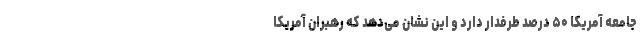
جامعه آمریکا ۵۰ درصد طرفدار دارد و این نشان می‌دهد که رهبران آمریکا